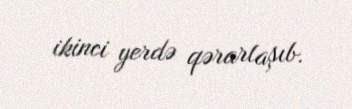
ikinci yerdə qərarlaşıb.